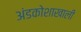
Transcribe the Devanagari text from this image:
अंडकोशाखाली